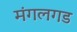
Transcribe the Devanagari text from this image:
मंगलगड